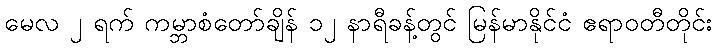
မေလ ၂ ရက် ကမ္ဘာစံတော်ချိန် ၁၂ နာရီခန့်တွင် မြန်မာနိုင်ငံ ဧရာဝတီတိုင်း